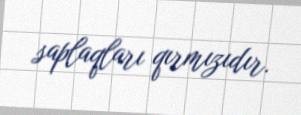
saplaqları qırmızıdır.